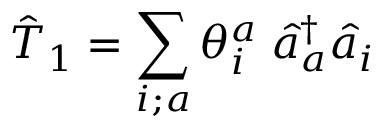
\hat { T } _ { 1 } = \sum _ { i ; a } \theta _ { i } ^ { a } \; \hat { a } _ { a } ^ { \dagger } \hat { a } _ { i }